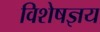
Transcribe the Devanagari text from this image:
विशेषज्ञय